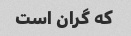
که گران است